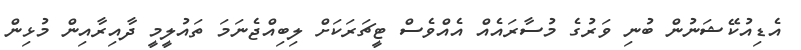
އެޑިއުކޭޝަނުން ބުނި ވަރުގެ މުސާރައެއް އެއްވެސް ޓީޗަރަަކަށް ލިބިއްޖެނަމަ ތައުލީމީ ދާއިރާއިން މުޅިން